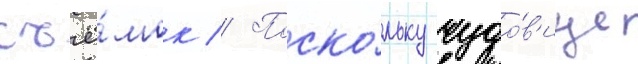
съё́мок // Поско́льку чудо́в'ище